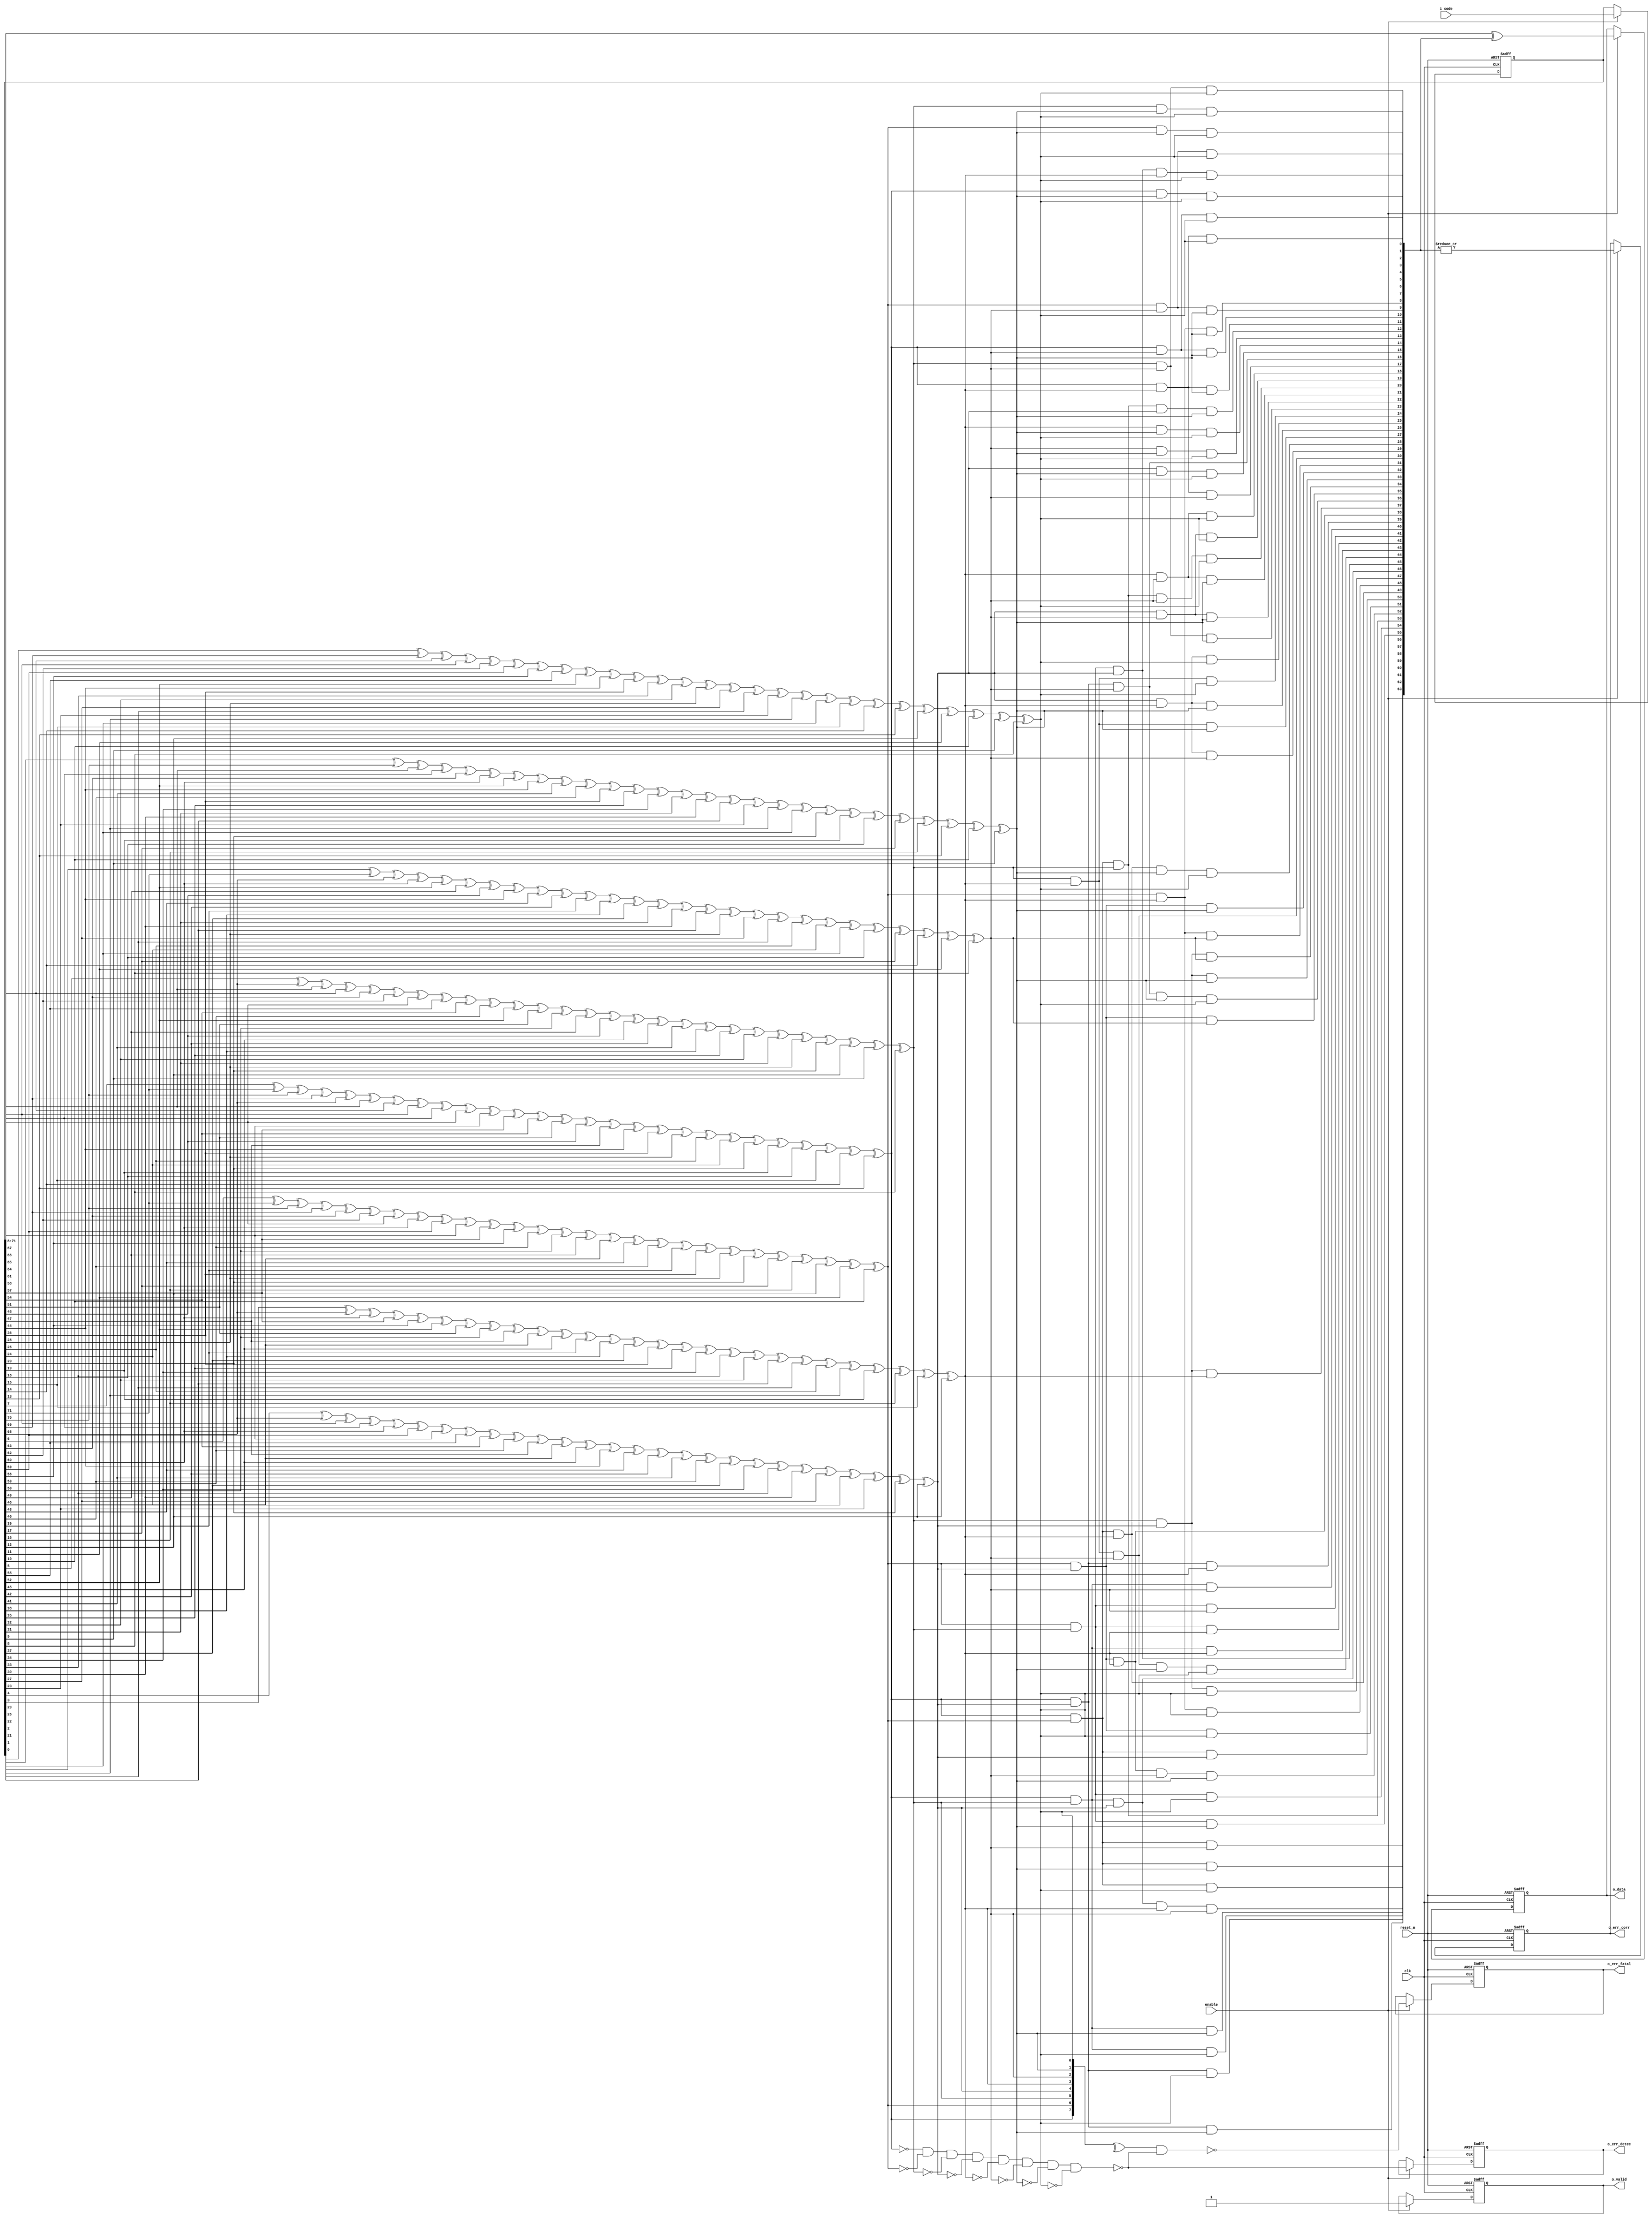
 
    module hsiao2_64_dec (
    clk,
    reset_n,
    enable,
    i_code,
    o_data,
    o_valid,
    o_err_corr,
    o_err_detec,
    o_err_fatal

    ); 

    //------ INPUT PORTS -----
    input clk ;
    input reset_n;
    input enable;
    input [0:71] i_code;


    //------OUTPUT PORTS -----
    output [0:63] o_data;
    output o_valid;
    output o_err_corr;
    output o_err_detec;
    output o_err_fatal;

    //---- INTERNAL VARIABLES ---

    reg [0:71] codereg ;
    reg o_err_fatal;
    reg o_err_detec;
    reg o_err_corr;
    reg o_valid;
    wire noerr; 
    
    wire [0:63] corr_word; 


    wire [0:7] synd ; 
    wire [0:63] flip ; // databits error mask 
    reg [0:63] o_data; 
    wire[0:7] chk = codereg[64:71]; //extract the checkbits 

    wire [0:63] data = codereg[0:63] ; //extract databits

    wire correctible = ^synd & ~noerr; // correctible (1err) 
    wire fall_thru = noerr | ~correctible; // fall-through when fatal or clean 
    reg [0:63] sel_dout; //selected data output, either corrected data or fall through bits 

    //---STATEMENTS 
     
    

    
//--------- Syndrome Generation -------//
assign synd[0] = chk[0] ^ data[0] ^ data[1] ^ data[2] ^ data[3] ^ data[4] ^ data[5] ^ data[6] ^ data[7] ^ data[10] ^ data[13] ^ data[14] ^ data[17] ^ data[20] ^ data[23] ^ data[24] ^ data[27] ^ data[35] ^ data[43] ^ data[46] ^ data[47] ^ data[51] ^ data[52] ^ data[53] ^ data[56] ^ data[57] ^ data[58];
assign synd[1] = chk[1] ^ data[0] ^ data[1] ^ data[2] ^ data[8] ^ data[9] ^ data[10] ^ data[11] ^ data[12] ^ data[13] ^ data[14] ^ data[15] ^ data[18] ^ data[21] ^ data[22] ^ data[25] ^ data[28] ^ data[31] ^ data[32] ^ data[35] ^ data[43] ^ data[51] ^ data[54] ^ data[55] ^ data[59] ^ data[60] ^ data[61];
assign synd[2] = chk[2] ^ data[3] ^ data[4] ^ data[5] ^ data[8] ^ data[9] ^ data[10] ^ data[16] ^ data[17] ^ data[18] ^ data[19] ^ data[20] ^ data[21] ^ data[22] ^ data[23] ^ data[26] ^ data[29] ^ data[30] ^ data[33] ^ data[36] ^ data[39] ^ data[40] ^ data[43] ^ data[51] ^ data[59] ^ data[62] ^ data[63];
assign synd[3] = chk[3] ^ data[3] ^ data[6] ^ data[7] ^ data[11] ^ data[12] ^ data[13] ^ data[16] ^ data[17] ^ data[18] ^ data[24] ^ data[25] ^ data[26] ^ data[27] ^ data[28] ^ data[29] ^ data[30] ^ data[31] ^ data[34] ^ data[37] ^ data[38] ^ data[41] ^ data[44] ^ data[47] ^ data[48] ^ data[51] ^ data[59];
assign synd[4] = chk[4] ^ data[3] ^ data[11] ^ data[14] ^ data[15] ^ data[19] ^ data[20] ^ data[21] ^ data[24] ^ data[25] ^ data[26] ^ data[32] ^ data[33] ^ data[34] ^ data[35] ^ data[36] ^ data[37] ^ data[38] ^ data[39] ^ data[42] ^ data[45] ^ data[46] ^ data[49] ^ data[52] ^ data[55] ^ data[56] ^ data[59];
assign synd[5] = chk[5] ^ data[0] ^ data[3] ^ data[11] ^ data[19] ^ data[22] ^ data[23] ^ data[27] ^ data[28] ^ data[29] ^ data[32] ^ data[33] ^ data[34] ^ data[40] ^ data[41] ^ data[42] ^ data[43] ^ data[44] ^ data[45] ^ data[46] ^ data[47] ^ data[50] ^ data[53] ^ data[54] ^ data[57] ^ data[60] ^ data[63];
assign synd[6] = chk[6] ^ data[1] ^ data[4] ^ data[7] ^ data[8] ^ data[11] ^ data[19] ^ data[27] ^ data[30] ^ data[31] ^ data[35] ^ data[36] ^ data[37] ^ data[40] ^ data[41] ^ data[42] ^ data[48] ^ data[49] ^ data[50] ^ data[51] ^ data[52] ^ data[53] ^ data[54] ^ data[55] ^ data[58] ^ data[61] ^ data[62];
assign synd[7] = chk[7] ^ data[2] ^ data[5] ^ data[6] ^ data[9] ^ data[12] ^ data[15] ^ data[16] ^ data[19] ^ data[27] ^ data[35] ^ data[38] ^ data[39] ^ data[43] ^ data[44] ^ data[45] ^ data[48] ^ data[49] ^ data[50] ^ data[56] ^ data[57] ^ data[58] ^ data[59] ^ data[60] ^ data[61] ^ data[62] ^ data[63];

//--------- Syndrome Decoding ----------//
assign noerr = ~synd[0] & ~synd[1] & ~synd[2] & ~synd[3] & ~synd[4] & ~synd[5] & ~synd[6] & ~synd[7];
assign flip[0] = synd[0] & synd[1] & synd[5];
assign flip[1] = synd[0] & synd[1] & synd[6];
assign flip[2] = synd[0] & synd[1] & synd[7];
assign flip[3] = synd[0] & synd[2] & synd[3] & synd[4] & synd[5];
assign flip[4] = synd[0] & synd[2] & synd[6];
assign flip[5] = synd[0] & synd[2] & synd[7];
assign flip[6] = synd[0] & synd[3] & synd[7];
assign flip[7] = synd[0] & synd[3] & synd[6];
assign flip[8] = synd[1] & synd[2] & synd[6];
assign flip[9] = synd[1] & synd[2] & synd[7];
assign flip[10] = synd[0] & synd[1] & synd[2];
assign flip[11] = synd[1] & synd[3] & synd[4] & synd[5] & synd[6];
assign flip[12] = synd[1] & synd[3] & synd[7];
assign flip[13] = synd[0] & synd[1] & synd[3];
assign flip[14] = synd[0] & synd[1] & synd[4];
assign flip[15] = synd[1] & synd[4] & synd[7];
assign flip[16] = synd[2] & synd[3] & synd[7];
assign flip[17] = synd[0] & synd[2] & synd[3];
assign flip[18] = synd[1] & synd[2] & synd[3];
assign flip[19] = synd[2] & synd[4] & synd[5] & synd[6] & synd[7];
assign flip[20] = synd[0] & synd[2] & synd[4];
assign flip[21] = synd[1] & synd[2] & synd[4];
assign flip[22] = synd[1] & synd[2] & synd[5];
assign flip[23] = synd[0] & synd[2] & synd[5];
assign flip[24] = synd[0] & synd[3] & synd[4];
assign flip[25] = synd[1] & synd[3] & synd[4];
assign flip[26] = synd[2] & synd[3] & synd[4];
assign flip[27] = synd[0] & synd[3] & synd[5] & synd[6] & synd[7];
assign flip[28] = synd[1] & synd[3] & synd[5];
assign flip[29] = synd[2] & synd[3] & synd[5];
assign flip[30] = synd[2] & synd[3] & synd[6];
assign flip[31] = synd[1] & synd[3] & synd[6];
assign flip[32] = synd[1] & synd[4] & synd[5];
assign flip[33] = synd[2] & synd[4] & synd[5];
assign flip[34] = synd[3] & synd[4] & synd[5];
assign flip[35] = synd[0] & synd[1] & synd[4] & synd[6] & synd[7];
assign flip[36] = synd[2] & synd[4] & synd[6];
assign flip[37] = synd[3] & synd[4] & synd[6];
assign flip[38] = synd[3] & synd[4] & synd[7];
assign flip[39] = synd[2] & synd[4] & synd[7];
assign flip[40] = synd[2] & synd[5] & synd[6];
assign flip[41] = synd[3] & synd[5] & synd[6];
assign flip[42] = synd[4] & synd[5] & synd[6];
assign flip[43] = synd[0] & synd[1] & synd[2] & synd[5] & synd[7];
assign flip[44] = synd[3] & synd[5] & synd[7];
assign flip[45] = synd[4] & synd[5] & synd[7];
assign flip[46] = synd[0] & synd[4] & synd[5];
assign flip[47] = synd[0] & synd[3] & synd[5];
assign flip[48] = synd[3] & synd[6] & synd[7];
assign flip[49] = synd[4] & synd[6] & synd[7];
assign flip[50] = synd[5] & synd[6] & synd[7];
assign flip[51] = synd[0] & synd[1] & synd[2] & synd[3] & synd[6];
assign flip[52] = synd[0] & synd[4] & synd[6];
assign flip[53] = synd[0] & synd[5] & synd[6];
assign flip[54] = synd[1] & synd[5] & synd[6];
assign flip[55] = synd[1] & synd[4] & synd[6];
assign flip[56] = synd[0] & synd[4] & synd[7];
assign flip[57] = synd[0] & synd[5] & synd[7];
assign flip[58] = synd[0] & synd[6] & synd[7];
assign flip[59] = synd[1] & synd[2] & synd[3] & synd[4] & synd[7];
assign flip[60] = synd[1] & synd[5] & synd[7];
assign flip[61] = synd[1] & synd[6] & synd[7];
assign flip[62] = synd[2] & synd[6] & synd[7];
assign flip[63] = synd[2] & synd[5] & synd[7];


    

    assign corr_word = data ^ flip ; 


    ////////// REGISTER INPUT CODEWORD ////////////////

    always @(posedge clk or negedge reset_n) begin
        if (!reset_n) 
            // reset
            codereg <= 0 ;
        
        else if (enable)  
            codereg <= i_code; 
         
    end

    ////////// MUX OUTPUT THAT FEEDS THE OUTPUT REGISTER //////////
    always @(corr_word or data or fall_thru) begin 

        case (fall_thru)
            1'b1: sel_dout = data ; 
            1'b0: sel_dout = corr_word ; 
        endcase 
    end 




    //////////// GET OUTPUT ////////////////////////
    always @(posedge clk or negedge reset_n) begin
        if (!reset_n) begin
            // reset
            o_data <= 0;
            o_valid <= 0; 
            o_err_detec <=0;
            o_err_corr <= 0;
            o_err_fatal <= 0;
        end
        else if (enable) begin

            o_data <= corr_word ;
            o_err_detec <= ~noerr ;
            o_err_corr <= | flip ; // found one name match 
            o_err_fatal <= ~correctible ; // has error AND no column-match. 2+ errors  
            o_valid <= 1 ; 
            
        end
    end



    endmodule 
    //--------- end of file ------//